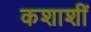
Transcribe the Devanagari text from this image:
कशाशीं